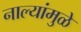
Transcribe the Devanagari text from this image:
नाल्यांमुळे